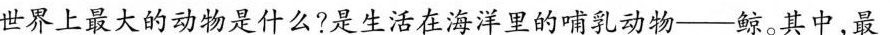
世界上最大的动物是什么?是生活在海洋里的哺乳动物--鲸。其中，最